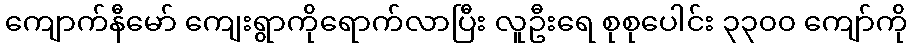
ကျောက်နီမော် ကျေးရွာကိုရောက်လာပြီး လူဦးရေ စုစုပေါင်း ၃၃၀၀ ကျော်ကို